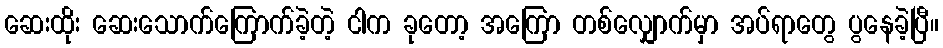
ဆေးထိုး ဆေးသောက်ကြောက်ခဲ့တဲ့ ငါက ခုတော့ အကြော တစ်လျှောက်မှာ အပ်ရာတွေ ပွနေခဲ့ပြီ။